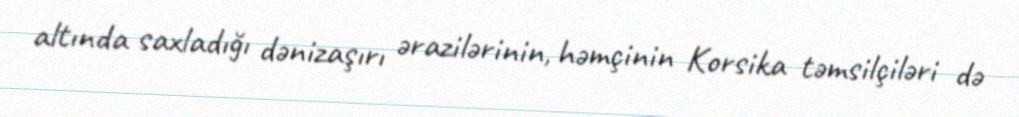
altında saxladığı dənizaşırı ərazilərinin, həmçinin Korsika təmsilçiləri də